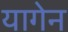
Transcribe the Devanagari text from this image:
यागेन